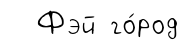
Фэй го́род